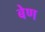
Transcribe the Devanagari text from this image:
बेण